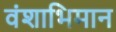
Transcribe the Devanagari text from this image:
वंशाभिमान